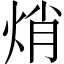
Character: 焇